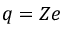
q = Z e